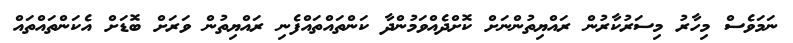
ނަމަވެސް މިހާރު މިސަރުކާރުން ރައްޔިތުންނަށް ކޮށްދެއްވަމުންދާ ކަންތައްތައްފެނި ރައްޔިތުން ވަރަށް ބޮޑަށް އެކަންތައްތައް